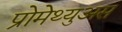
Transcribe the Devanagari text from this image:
प्रोमेथ्युअस